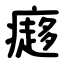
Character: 㿐